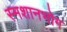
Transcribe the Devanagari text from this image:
स्मशानभोग